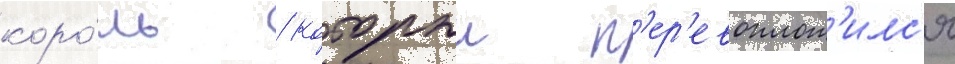
коро́ль / которыи п'ер'евоплот'илс'я